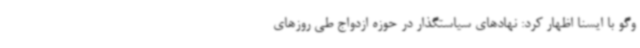
وگو با ایسنا اظهار کرد: نهادهای سیاستگذار در حوزه ازدواج طی روزهای